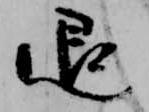
退